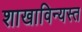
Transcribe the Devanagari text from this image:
शाखाविन्यस्त